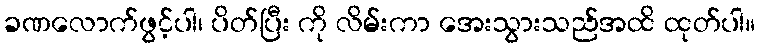
ခဏလောက်ဖွင့်ပါ၊ ပိတ်ပြီး ကို လိမ်းကာ အေးသွားသည်အထိ ထုတ်ပါ။